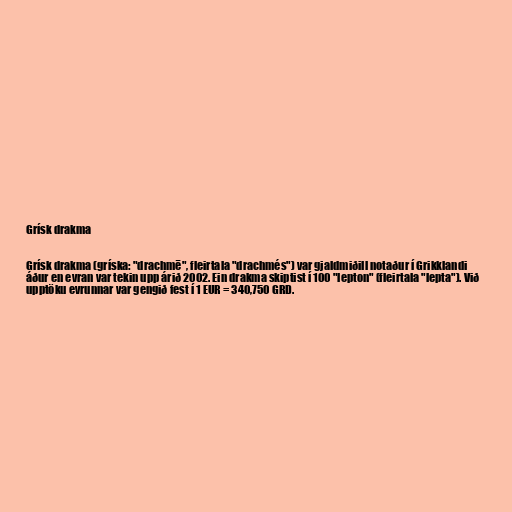
Grísk drakma

Grísk drakma (gríska: "drachmē", fleirtala "drachmés") var gjaldmiðill notaður í Grikklandi
áður en evran var tekin upp árið 2002. Ein drakma skiptist í 100 "lepton" (fleirtala "lepta"). Við
upptöku evrunnar var gengið fest í 1 EUR = 340,750 GRD.